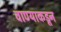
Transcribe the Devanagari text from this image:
वाण्याकडून